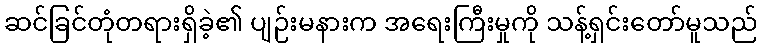
ဆင်ခြင်တုံတရားရှိခဲ့၏ ပျဉ်းမနားက အရေးကြီးမှုကို သန့်ရှင်းတော်မူသည်